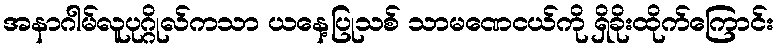
အနာဂါမ်လူပုဂ္ဂိုလ်ကသာ ယနေ့ပြုသစ် သာမဏေငယ်ကို ရှိခိုးထိုက်ကြောင်း